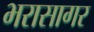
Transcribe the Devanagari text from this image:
भरासागर